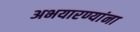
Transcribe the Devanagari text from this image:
अभयारण्यांना